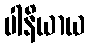
ပါနိယာယ